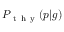
P _ { \mathrm { ~ t ~ h ~ y ~ } } ( p | g )